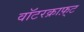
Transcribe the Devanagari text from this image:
वॉटरक्राफ़्ट